Report on the lunatic asylums under the Government of Bombay - 1904-1913
Year: 1904
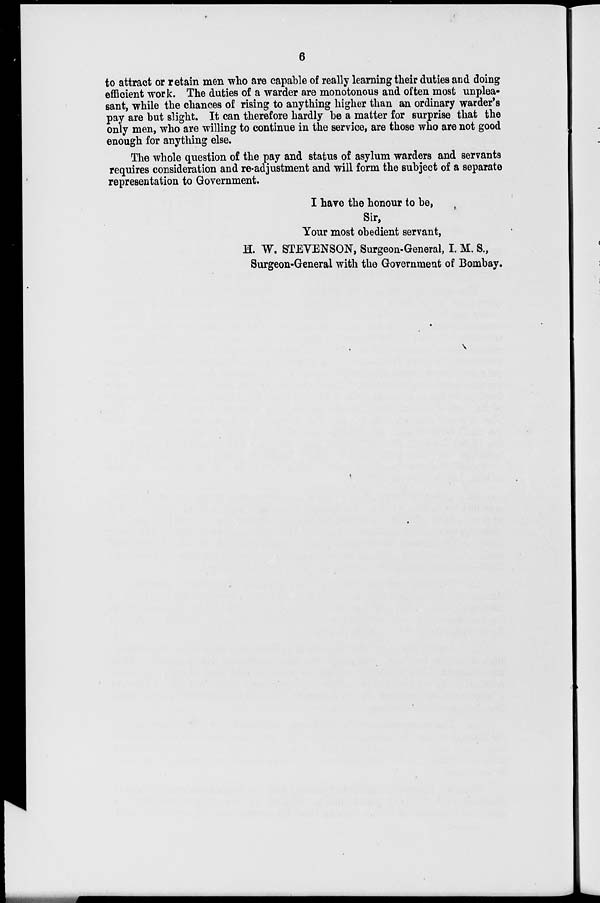
6
to attract or retain men who are capable of really learning their duties and doing
efficient work. The duties of a warder are monotonous and often most unplea-
sant, while the chances of rising to anything higher than an ordinary warder's
pay are but slight. It can therefore hardly be a matter for surprise that the
only men, who are willing to continue in the service, are those who are not good
enough for anything else.
The whole question of the pay and status of asylum warders and servants
requires consideration and re-adjustment and will form the subject of a separate
representation to Government.
I have the honour to be,
Sir,
Your most obedient servant,
H. W. STEVENSON, Surgeon-General, I. M. S.,
Surgeon-General with the Government of Bombay.